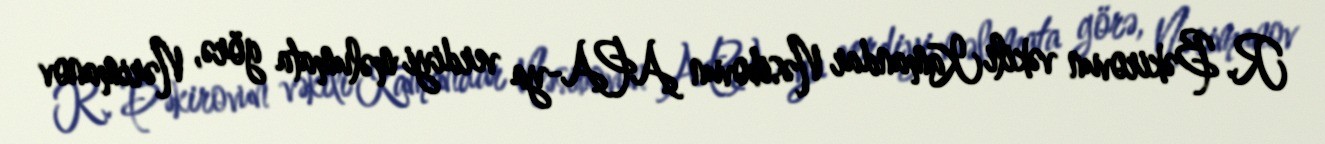
R. Bəkirovun vəkili Kamandar Nəsibovun APA-ya verdiyi məlumata görə, Nərimanov